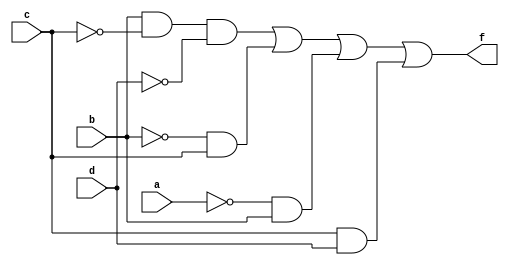
module q1(a,b,c,d, f);
input a,b,c,d;
output f;
assign f = (b & ~c & ~d) | (~b & c) | (~a & b) | (c & d);
endmodule